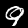
Label: 9